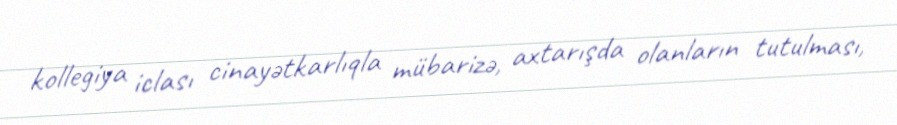
kollegiya iclası cinayətkarlıqla mübarizə, axtarışda olanların tutulması,